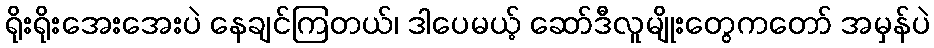
ရိုးရိုးအေးအေးပဲ နေချင်ကြတယ်၊ ဒါပေမယ့် ဆော်ဒီလူမျိုးတွေကတော် အမှန်ပဲ